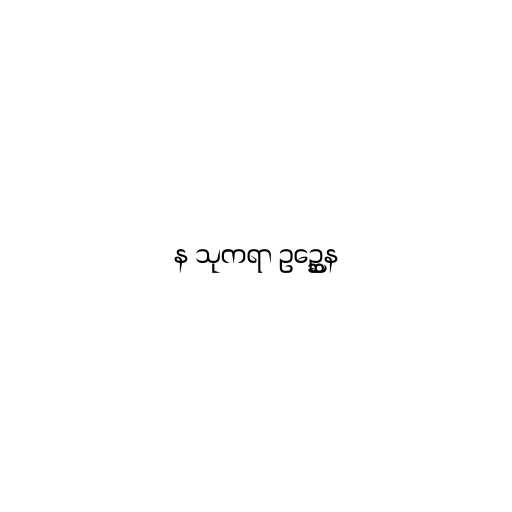
န သုကရာ ဥဉ္ဆေန